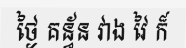
ថ្ងៃ គន្ធ័ន វាង វៃ ក៏